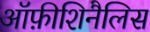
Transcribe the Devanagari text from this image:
ऑफ़ीशिनैलिस